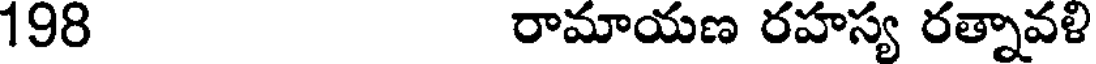
198 రామాయణ రహస్య రత్నావళి